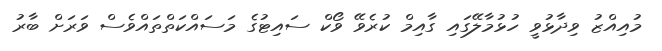
މުއިއްޒު ވިދާޅުވީ ހުޅުމާލޭގައި ގާއިމް ކުރެވޭ ވޯކް ސައިޓުގެ މަސައްކަތްތައްވެސް ވަރަށް ބާރު